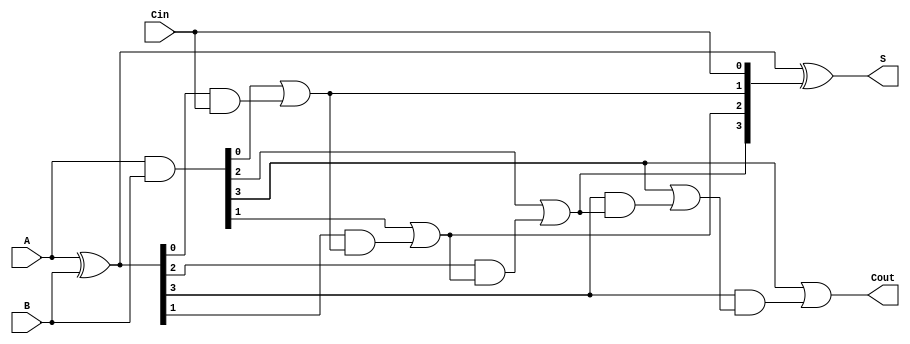
module LingAdder #(parameter N = 4) (
    input  [N-1:0] A,      // First n-bit input
    input  [N-1:0] B,      // Second n-bit input
    input          Cin,     // Carry-in
    output [N-1:0] S,      // Sum output
    output         Cout     // Carry-out
);

    wire [N-1:0] G;        // Generate signals
    wire [N-1:0] P;        // Propagate signals
    wire [N:0] C;          // Carry signals

    // Generate and Propagate calculations
    assign G = A & B;      // Generate
    assign P = A ^ B;      // Propagate

    // Carry generation using lookahead logic
    assign C[0] = G[0] | (P[0] & Cin); // Carry-out for bit 0
    genvar i;
    generate
        for (i = 1; i < N; i = i + 1) begin : carry_gen
            assign C[i] = G[i] | (P[i] & C[i-1]); // Carry-out for bit i
        end
    endgenerate
    assign C[N] = G[N-1] | (P[N-1] & C[N-1]); // Final carry-out

    // Sum calculation
    assign S = P ^ {C[N-1:0], Cin}; // Sum calculation

    // Final carry-out
    assign Cout = C[N];

endmodule